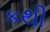
કથી